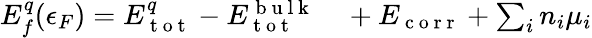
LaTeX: \begin{array}{rl}{E_{f}^{q}(\epsilon_{F})=E_{\mathrm{~t~o~t~}}^{q}-E_{\mathrm{~t~o~t~}}^{\mathrm{~b~u~l~k~}}}&{{}+E_{\mathrm{~c~o~r~r~}}+\sum_{i}n_{i}\mu_{i}}\end{array}